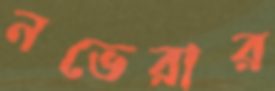
নভেরার